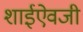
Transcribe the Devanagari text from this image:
शाईऐवजी